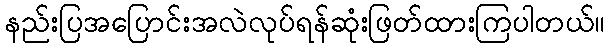
နည်းပြအပြောင်းအလဲလုပ်ရန်ဆုံးဖြတ်ထားကြပါတယ်။